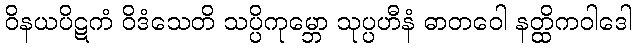
ဝိနယပိဋကံ ဝိဒံသေတိ သပ္ပိကုမ္ဘော သုပ္ပဟီနံ ဓာတဝေါ နတ္ထိကဝါဒေါ